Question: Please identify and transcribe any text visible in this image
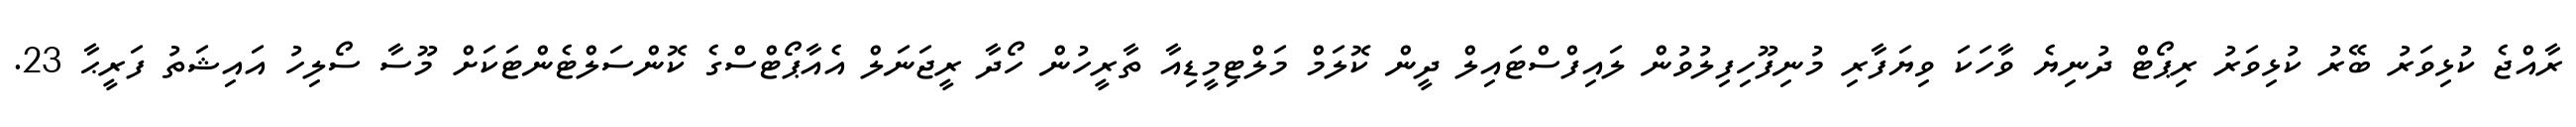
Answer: ރާއްޖެ ކުޅިވަރު ބޭރު ކުޅިވަރު ރިޕޯޓް ދުނިޔެ ވާހަކަ ވިޔަފާރި މުނިފޫހިފިލުވުން ލައިފްސްޓައިލް ދީން ކޮލަމް މަލްޓިމީޑިއާ ތާރީހުން ހޯދާ ރީޖަނަލް އެއާޕޯޓްސްގެ ކޮންސަލްޓެންޓަކަށް މޫސާ ސޯލިހު އައިޝަތު ފަރީޙާ 23.